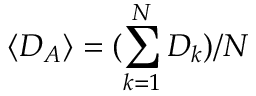
\langle D _ { A } \rangle = ( \sum _ { k = 1 } ^ { N } D _ { k } ) / N